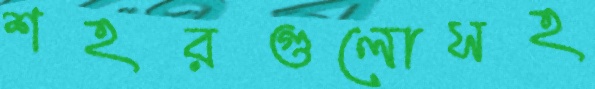
শহরগুলোসহ